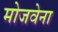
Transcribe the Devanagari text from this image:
मोजवेना